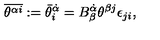
\overline { { \theta ^ { \alpha i } } } : = { \bar { \theta } } _ { i } ^ { \dot { \alpha } } = B _ { \beta } ^ { \dot { \alpha } } \theta ^ { \beta j } \epsilon _ { j i } ,